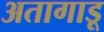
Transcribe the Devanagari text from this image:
अतागाडू